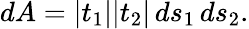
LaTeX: \begin{array}{r}{dA=|t_{1}||t_{2}|\, ds_{1}\, ds_{2}.}\end{array}